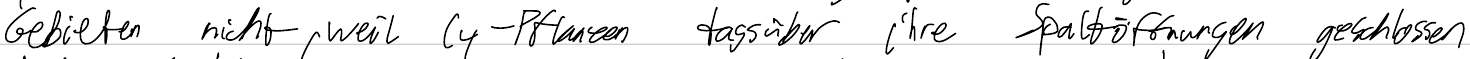
Gebieten nicht, weil C4-Pflanzen tagsüber ihre Spaltöffnungen geschlossen